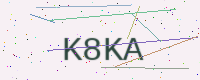
Text: K8KA